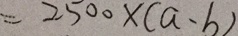
= 2 5 0 0 \times ( a - b )